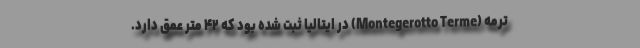
ترمه (Montegerotto Terme) در ایتالیا ثبت شده بود که ۴۲ متر عمق دارد.